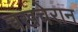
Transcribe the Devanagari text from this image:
चख़चेरान